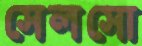
সেলসো